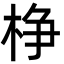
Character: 棦